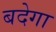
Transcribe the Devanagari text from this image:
बदेगा